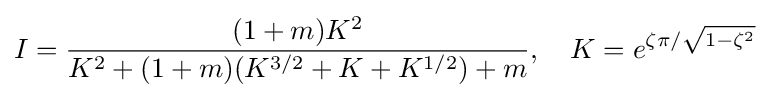
I={\frac {(1+m)K^{2}}{K^{2}+(1+m)(K^{3/2}+K+K^{1/2})+m}},\quad K=e^{\zeta \pi /{\sqrt {1-\zeta ^{2}}}}